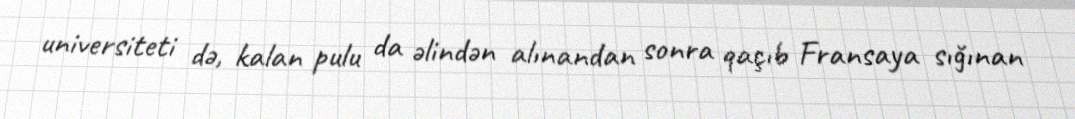
universiteti də, kalan pulu da əlindən alınandan sonra qaçıb Fransaya sığınan